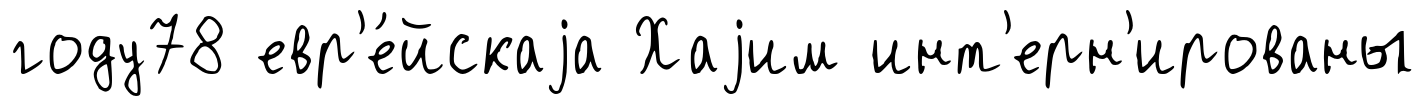
году78 евр'е́йскаjа Хаjим инт'ерн'ированы